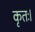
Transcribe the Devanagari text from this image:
कृतः।